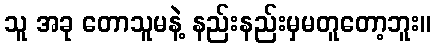
သူ အခု တောသူမနဲ့ နည်းနည်းမှမတူတော့ဘူး။